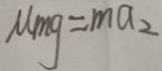
u m g = m a _ { 2 }